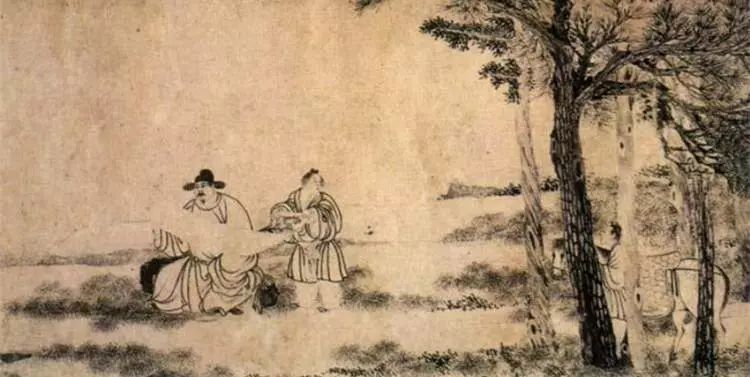
马穿杨柳嘶，人倚秋千笑，探莺花总教春醉倒。